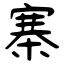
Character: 寨